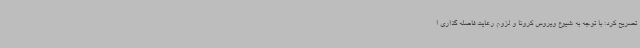
تصریح کرد: با توجه به شیوع ویروس کرونا و لزوم رعایت فاصله گذاری ا